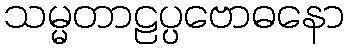
သမ္မတာဠပ္ပဗောဓနော